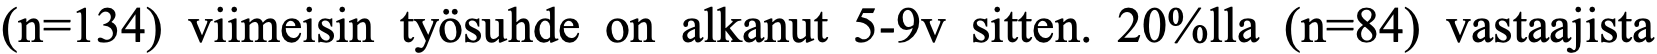
(n=134) viimeisin työsuhde on alkanut 5-9v sitten. 20%lla (n=84) vastaajista